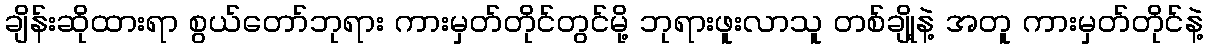
ချိန်းဆိုထားရာ စွယ်တော်ဘုရား ကားမှတ်တိုင်တွင်မို့ ဘုရားဖူးလာသူ တစ်ချို့နဲ့ အတူ ကားမှတ်တိုင်နဲ့